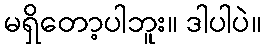
မရှိတော့ပါဘူး။ ဒါပါပဲ။